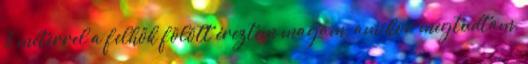
3 méterrel a felhők fölött éreztem magam, amikor megtudtam,